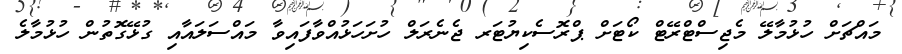
މައްޗަށް ހުޅުމާލޭ މެޖިސްޓްރޭޓް ކޯޓަށް ޕްރޮސެކިޔުޓަރ ޖެނެރަލް ހުށަހަޅުއްވާފައިވާ މައްސަލައާއި ގުޅޭގޮތުން ހުޅުމާލެ